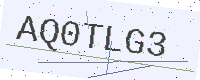
Text: AQ0TLG3